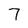
Character: 7